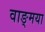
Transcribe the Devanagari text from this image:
वाङ्मया